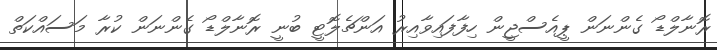
ރޮނާލްޑޯ ގެންނަން ޕީއެސްޖީން ހިފާފައިވާއިރު އަންޗެލޮޓީ ބުނީ ރޮނާލްޑޯ ގެންނަން ކުރާ މަސައްކަތް